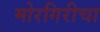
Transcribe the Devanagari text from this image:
मोरगिरीचा